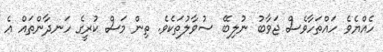
ހެއްޔެވެ ހައްތަހާވެސް ޖަވާބު ނުލިބޭ ސުވާލުތަކެވެ. ތިން މަސް ކުރީގެ ހަނދާންތައް އެ